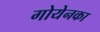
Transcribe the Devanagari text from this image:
गोयेनका